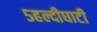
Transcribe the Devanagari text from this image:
५हल्दीघाटी